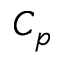
C _ { p }